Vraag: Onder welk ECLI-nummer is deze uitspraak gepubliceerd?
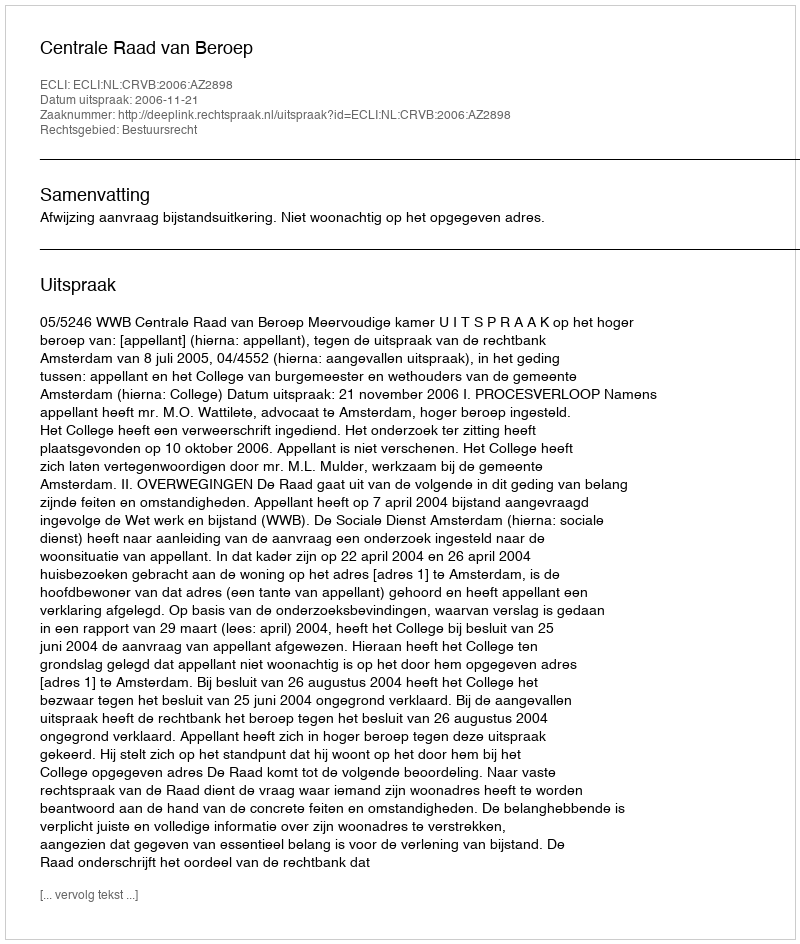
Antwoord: ECLI:NL:CRVB:2006:AZ2898